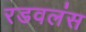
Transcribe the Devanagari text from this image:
रडवलंस